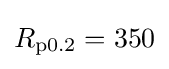
R_{\text{p0.2}}=350